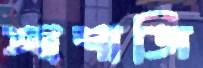
আশাজি